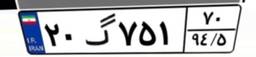
۲۰گ۷۵۱۷۰